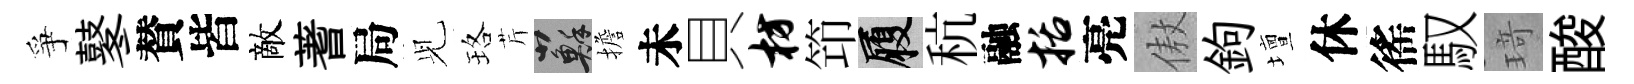
爭鼕賛皆敵蓍局𫤗珞芹蘇擔未貝枋笻履秔融括亮傲鉤壇休徭馭𤦺酸